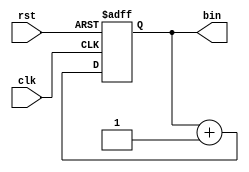
module counter
#(parameter N = 4)
(
    input wire clk, rst,
    output wire [N-1:0] bin
);

reg [N-1:0]r;
wire [N-1:0]r_next;

always @(posedge clk or negedge rst) begin
    if(~rst)
        r <= 0;
    else
        r <= r_next;
end
assign bin = r;
assign r_next = r + 1;
endmodule